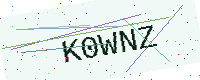
Text: K0WNZ